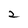
Character: 2